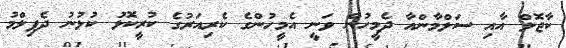
ކާޖޮލް އާއި ސަލްމާންއާ ދެމީހުން ވަނީ އެމީހުންގެ ކެރިއަރުގެ ކުރީކޮޅު ކުޅުނު ދެފިލްމު